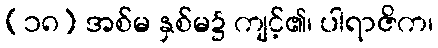
(၁၈) အစ်မ နှစ်မ၌ ကျင့်၏၊ ပါရာဇိက၊